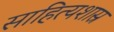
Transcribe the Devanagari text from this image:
साहित्यशास्र